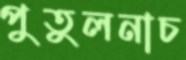
পুতুলনাচ